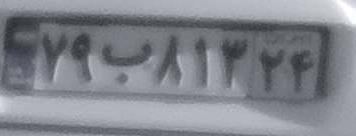
۷۹ب۸۱۳۲۴